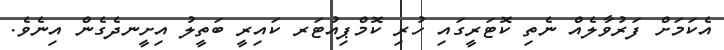
އެކަމަށް ފަރުވާލެއް ނެތި ކޮޓަރީގައި ހުރި ކޮމްޕިއުޓަރ ކައިރީ ބަތީލު އިށީނދެގެން އިނެވެ.